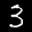
Label: 3